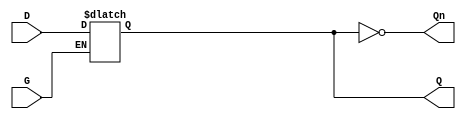
module gated_latch (
    input wire D,      // Data input
    input wire G,      // Enable signal (gate)
    output reg Q,      // Output Q
    output wire Qn     // Complement of Q
);

// Assign the complement of Q
assign Qn = ~Q;

// Always block triggered by changes in G or D
always @(*) begin
    if (G) begin
        // When G is high, Q follows D
        Q = D;
    end
    // When G is low, Q retains its previous value
end

endmodule